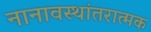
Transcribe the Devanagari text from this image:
नानावस्थांतरात्मक